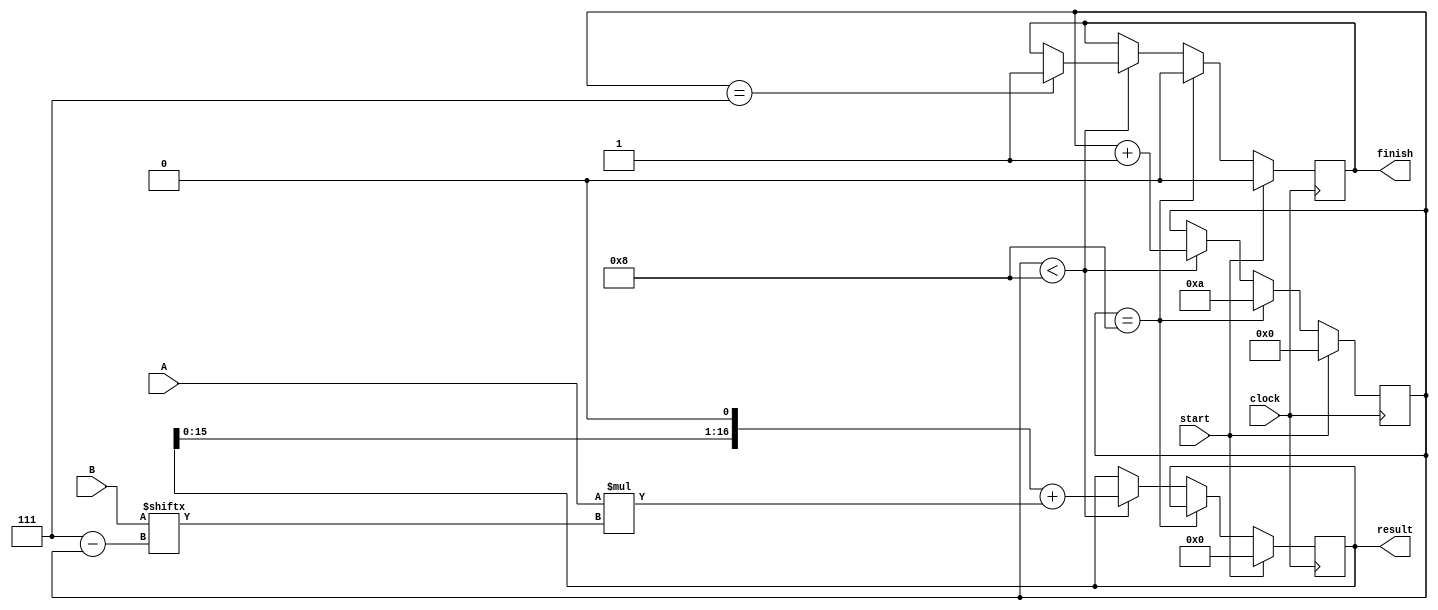
module mul(A, B, result, clock, start, finish);
	input [7:0] A, B;
	input clock, start;
	output [16:0] result;
	output finish;
	reg [16:0] number;
	reg [4:0] state;
	reg regFinish;

	always @(posedge clock) begin
		if (start == 1) begin
			number <= 0;
			state <= 0;
			regFinish <= 0;
		end else if (state == 8) begin
			state <= 10;
			regFinish <= 0;
		end else if (state < 8) begin
			if (state == 7) begin
				regFinish <= 1;
			end

			number <= (number << 1) + A * B[7 - state];
			state <= state + 1;
		end
	end

	assign result = number;
	assign finish = regFinish;
endmodule